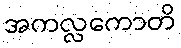
အကလ္လကောတိ